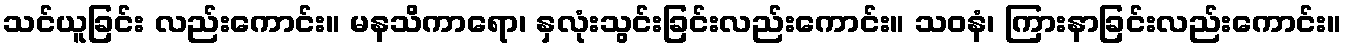
သင်ယူခြင်း လည်းကောင်း။ မနသိကာရော၊ နှလုံးသွင်းခြင်းလည်းကောင်း။ သဝနံ၊ ကြားနာခြင်းလည်းကောင်း။